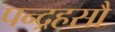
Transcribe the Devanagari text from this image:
पन्द्रहसौ